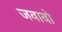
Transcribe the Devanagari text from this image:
जवाबो